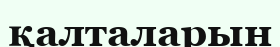
қалталарын